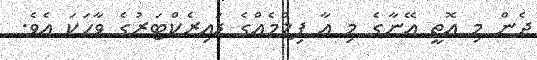
ދެން މި އޮތީ އޭނާގެ މި އާ ފިލްމެއްގެ ޑައިރެކްޓަރުގެ ވާހަކަ އެވެ.